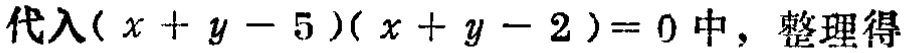
代入\((x + y - 5)(x + y - 2)=0\)中，整理得